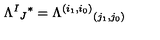
\Lambda ^ { I } { } _ { J } { } ^ { * } = \Lambda ^ { ( i _ { 1 } , i _ { 0 } ) } { } _ { ( j _ { 1 } , j _ { 0 } ) }